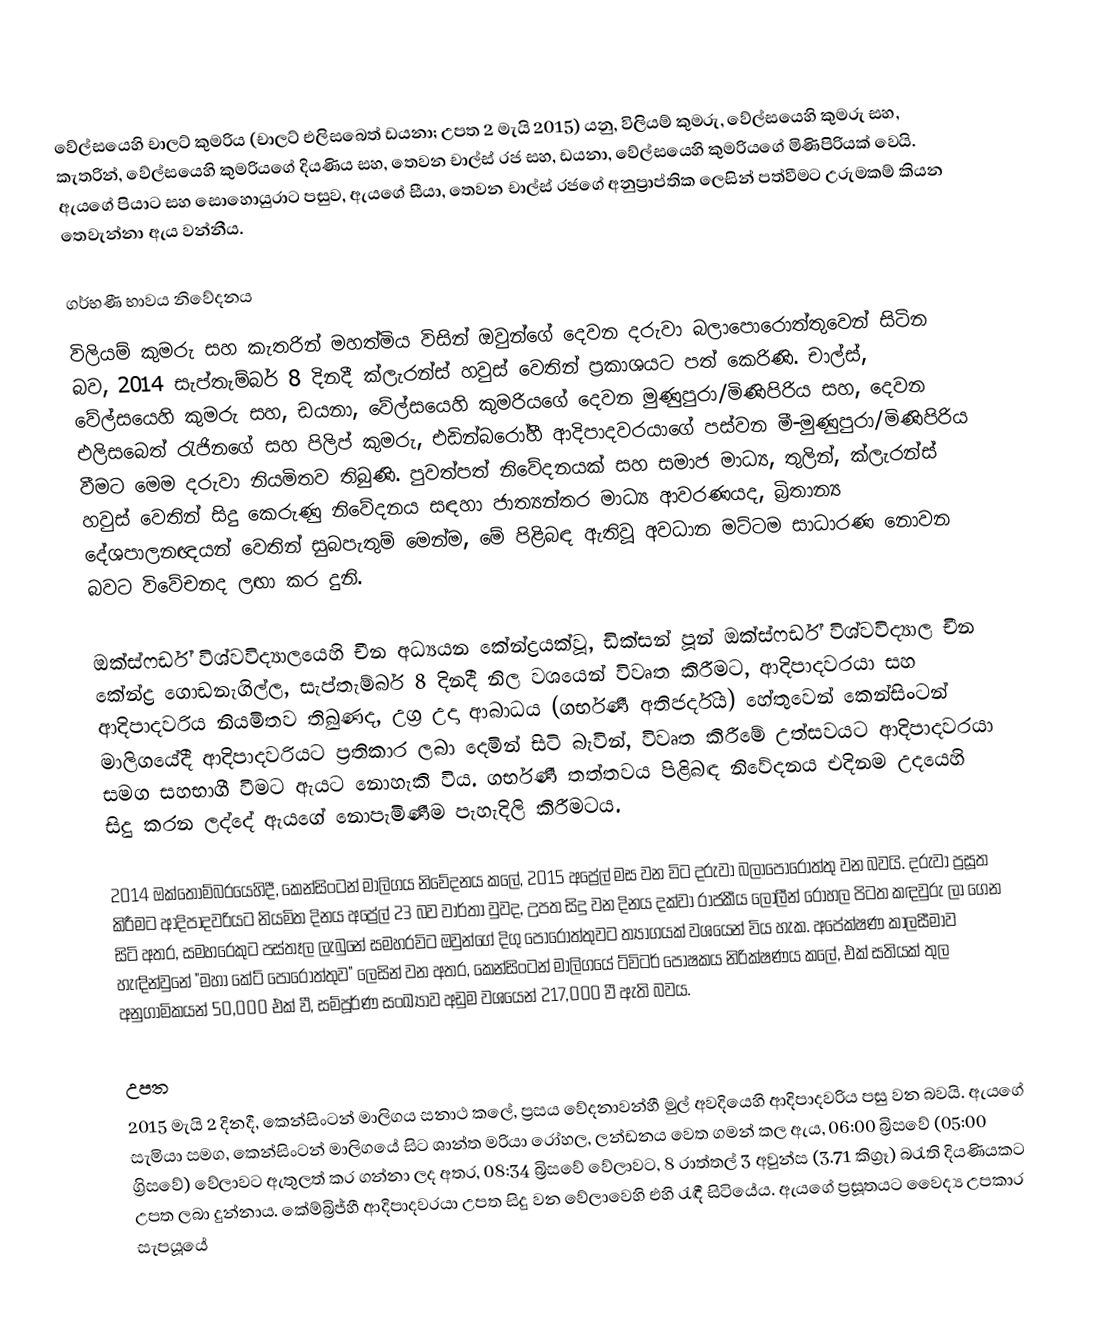
වේල්සයෙහි චාලට් කුමරිය (චාලට් එලිසබෙත් ඩයනා; උපත 2 මැයි 2015) යනු,  විලියම් කුමරු, වේල්සයෙහි කුමරු සහ,  කැතරින්, වේල්සයෙහි කුමරියගේ දියණිය සහ, තෙවන චාල්ස් රජ සහ,  ඩයනා, වේල්සයෙහි කුමරියගේ මිණිපිරියක් වෙයි.  ඇයගේ පියාට සහ සොහොයුරාට පසුව, ඇයගේ සීයා, තෙවන චාල්ස් රජගේ  අනුප්‍රාප්තික ලෙසින්  පත්වීමට උරුමකම් කියන තෙවැන්නා ඇය වන්නීය.

ගර්භණී භාවය නිවේදනය
විලියම් කුමරු සහ කැතරින් මහත්මිය විසින් ඔවුන්ගේ දෙවන දරුවා බලාපොරොත්තුවෙන් සිටින බව, 2014 සැප්තැම්බර් 8 දිනදී ක්ලැරන්ස් හවුස් වෙතින් ප්‍රකාශයට පත් කෙරිණි. චාල්ස්, වේල්සයෙහි කුමරු සහ,  ඩයනා, වේල්සයෙහි කුමරියගේ දෙවන මුණුපුරා/මිණිපිරිය සහ,  දෙවන එලිසබෙත් රැජිනගේ සහ   පිලිප් කුමරු, එඩින්බරෝහී ආදිපාදවරයාගේ පස්වන මී-මුණුපුරා/මිණිපිරිය වීමට මෙම දරුවා නියමිතව තිබුණි. පුවත්පත් නිවේදනයක්  සහ සමාජ මාධ්‍ය, තුලින්, ක්ලැරන්ස් හවුස් වෙතින් සිදු කෙරුණු නිවේදනය සඳහා ජාත්‍යන්තර මාධ්‍ය ආවරණයද, බ්‍රිතාන්‍ය දේශපාලනඥයන් වෙතින් සුබපැතුම් මෙන්ම, මේ පිළිබඳ ඇතිවූ අවධාන මට්ටම සාධාරණ නොවන බවට විවේචනද ලඟා කර දුනි.

ඔක්ස්ෆර්ඩ් විශ්වවිද්‍යාලයෙහි චීන අධ්‍යයන කේන්ද්‍රයක්වූ,  ඩික්සන් පූන්  ඔක්ස්ෆර්ඩ් විශ්වවිද්‍යාල චීන කේන්ද්‍ර ගොඩනැගිල්ල, සැප්තැම්බර් 8 දිනදී නිල වශයෙන් විවෘත කිරීමට, ආදිපාදවරයා සහ ආදිපාදවරිය නියමිතව තිබුණද,  උග්‍ර උදා ආබාධය (ගර්භණී අතිජර්දිය) හේතුවෙන් කෙන්සිංටන් මාලිගයේදී ආදිපාදවරියට ප්‍රතිකාර ලබා දෙමින් සිටි බැවින්,  විවෘත කිරීමේ උත්සවයට ආදිපාදවරයා සමග සහභාගී වීමට ඇයට නොහැකි විය.  ගර්භණී තත්තවය පිළිබඳ නිවේදනය එදිනම උදයෙහි සිදු කරන ලද්දේ ඇයගේ නොපැමිණීම පැහැදිලි කිරීමටය.

2014 ඔක්තොම්බරයෙහිදී, කෙන්සිංටන් මාලිගය නිවේදනය කලේ, 2015 අප්‍රේල් මස වන විට දරුවා බලාපොරොත්තු වන බවයි.  දරුවා ප්‍රසූත කිරීමට ආදිපාදවරියට නියමිත දිනය අප්‍රේල් 23 බව වාර්තා වුවද, උපත සිදු වන දිනය දක්වා රාජකීය ලෝලීන්  රෝහල පිටත කඳවුරු ලා ගෙන සිටි අතර, සමහරෙකුට පස්තෑල ලැබුනේ සමහරවිට ඔවුන්ගේ දිගු පොරොත්තුවට ත්‍යාගයක් වශයෙන් විය හැක.  අපේක්ෂණ කාලසීමාව හැඳින්වුනේ "මහා කේට් පොරොත්තුව" ලෙසින් වන අතර,  කෙන්සිංටන් මාලිගයේ ට්විටර් පෝෂකය නිරික්ෂණය කලේ, එක් සතියක් තුල අනුගාමිකයන් 50,000 එක් වී, සම්පූර්ණ සංඛ්‍යාව අඩුම වශයෙන් 217,000 වී ඇති බවය.

උපත
2015 මැයි 2 දිනදී, කෙන්සිංටන් මාලිගය සනාථ කලේ, ප්‍රසය වේදනාවන්හී මුල් අවදියෙහි ආදිපාදවරිය පසු වන බවයි.  ඇයගේ සැමියා සමග, කෙන්සිංටන් මාලිගයේ සිට ශාන්ත මරියා රෝහල, ලන්ඩනය වෙත ගමන් කල ඇය, 06:00 බ්‍රිසවේ (05:00 ග්‍රිසවේ) වේලාවට ඇතුලත් කර ගන්නා ලද අතර, 08:34 බ්‍රිසවේ වේලාවට, 8 රාත්තල් 3 අවුන්ස (3.71 කිග්‍රෑ) බරැති දියණියකට උපත ලබා දුන්නාය.  කේම්බ්‍රිජ්හී ආදිපාදවරයා උපත සිදු වන වේලාවෙහි එහි රැඳී සිටියේය. ඇයගේ ප්‍රසූතයට වෛද්‍ය උපකාර සැපයූයේ